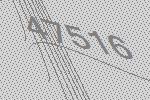
47516